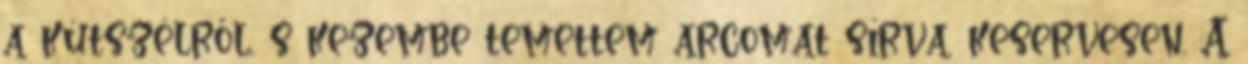
a kútszélről, s kezembe temettem arcomat sírva, keservesen. A